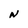
Character: N